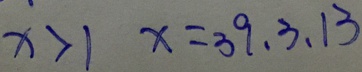
x > 1 x = 3 9 、 3 、 1 3